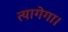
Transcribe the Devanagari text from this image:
त्यागेगा।